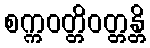
စက္ကဝတ္တိဝတ္တန္တိ